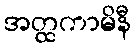
အတ္ထကာမိနီ